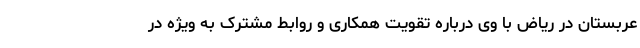
عربستان در ریاض با وی درباره تقویت همکاری و روابط مشترک به ویژه در